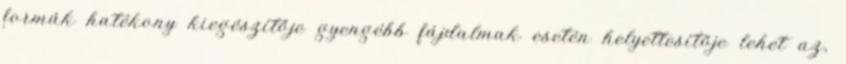
formák hatékony kiegészítője gyengébb fájdalmak esetén helyettesítője lehet az,